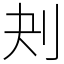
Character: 刔